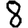
Digit: 8